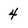
Character: 4